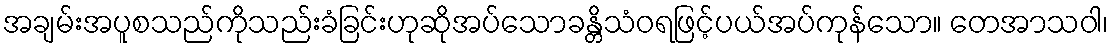
အချမ်းအပူစသည်ကိုသည်းခံခြင်းဟုဆိုအပ်သောခန္တိသံဝရဖြင့်ပယ်အပ်ကုန်သော။ တေအာသဝါ၊